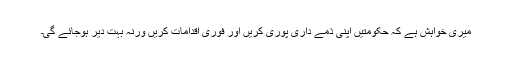
ميری خواہش ہے کہ حکومتيں اپنی ذمے داری پوری کريں اور فوری اقدامات کريں ورنہ بہت دير ہوجائے گی۔